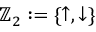
\mathbb { Z } _ { 2 } : = \{ \uparrow , \downarrow \}